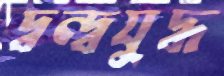
দ্বন্দ্বযুদ্ধ